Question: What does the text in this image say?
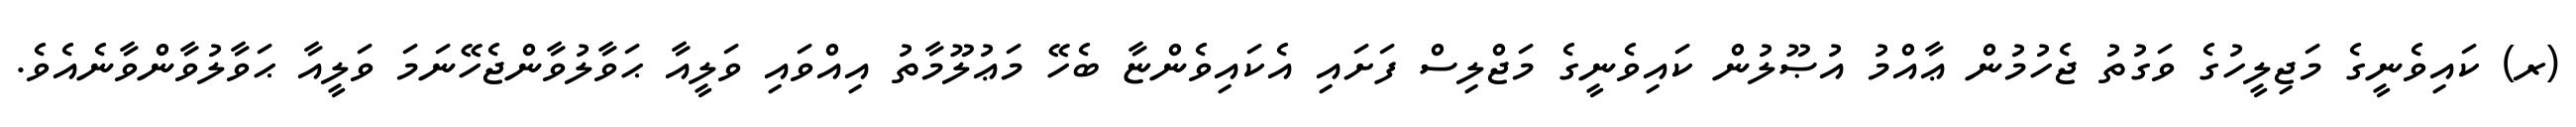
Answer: (ރ) ކައިވެނީގެ މަޖިލީހުގެ ވަގުތު ޖެހުމުން ޢާއްމު އުޞޫލުން ކައިވެނީގެ މަޖްލިސް ފަށައި އެކައިވެންޏާ ބެހޭ މަޢުލޫމާތު އިއްވައި ވަލީއާ ޙަވާލުވާންޖެހޭނަމަ ވަލީއާ ޙަވާލުވާންވާނެއެވެ.